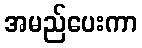
အမည်ပေးကာ